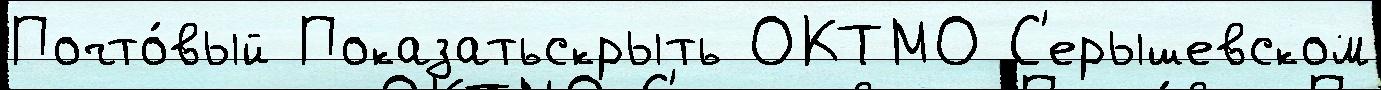
Почто́вый Показатьскрыть ОКТМО С'ерышевском